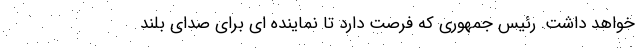
خواهد داشت. رئیس جمهوری که فرصت دارد تا نماینده ای برای صدای بلند